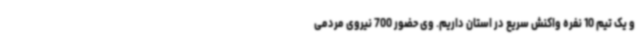
و یک تیم 10 نفره واکنش سریع در استان داریم. وی حضور 700 نیروی مردمی